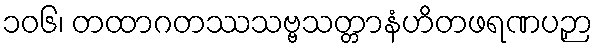
၁၀၆၊ တထာဂတဿသဗ္ဗသတ္တာနံဟိတဖရဏပဉှာ